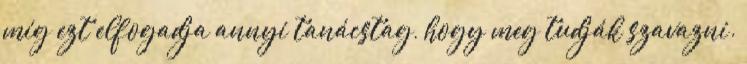
míg ezt elfogadja annyi tanácstag, hogy meg tudják szavazni.